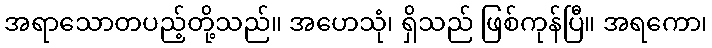
အရာသောတပည့်တို့သည်။ အဟေသုံ၊ ရှိသည် ဖြစ်ကုန်ပြီ။ အရကော၊